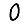
Digit: 0